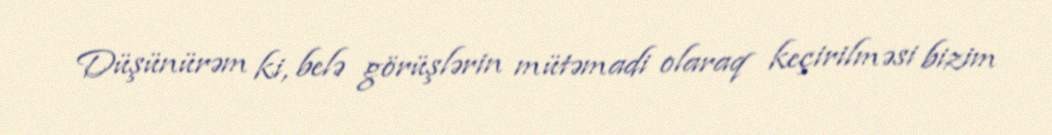
Düşünürəm ki, belə görüşlərin mütəmadi olaraq keçirilməsi bizim